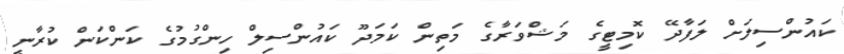
ކައުންސިލަށް ލަފާދޭ ކޮމިޓީގެ މަޝްވަރާގެ މަތިން ކަމަދޫ ކައުންސިލް ހިންގުމުގެ ކަންކަން ކުރާނީ